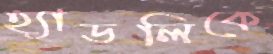
হ্যাডলিকে